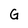
Character: G